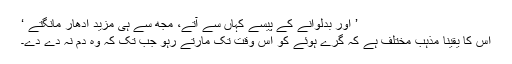
’ اور بدلوانے کے پیسے کہاں سے آتے، مجھ سے ہی مزید ادھار مانگتے ‘
اس کا یقیناً مذہب مختلف ہے کہ گرے ہوئے کو اس وقت تک مارتے رہو جب تک کہ وہ دم نہ دے دے۔